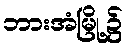
ဘားအံမြို့၌